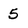
Character: 5